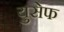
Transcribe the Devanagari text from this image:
युसेफ